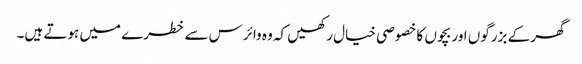
گھر کے بزرگوں اور بچوں کا خصوصی خیال رکھیں کہ وہ وائرس سے خطرے میں ہوتے ہیں۔